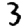
Digit: 3